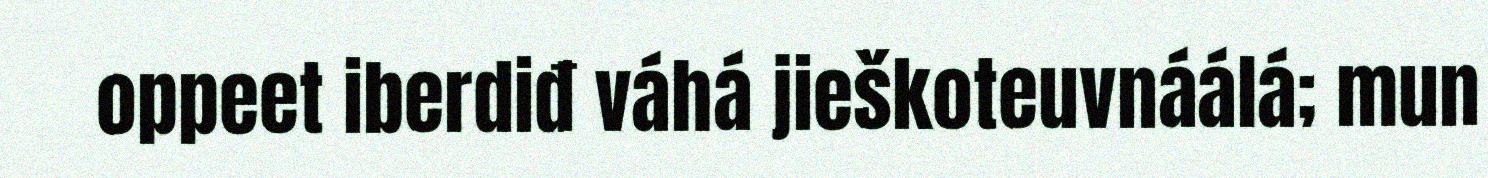
oppeet iberdiđ váhá jieškoteuvnáálá; mun